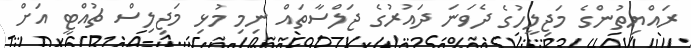
ރައްޔިތުންގެ މަޖިލީހުގެ ދެވަނަ ދައުރުގެ ޖަލްސާތައް ނިމި މުޅި މަޖިލިސް ޗުއްޓީ އަށް